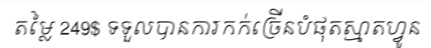
តម្លៃ 249$ ទទួលបានការកក់ច្រើនបំផុតស្មាតហ្វូន